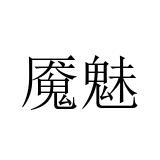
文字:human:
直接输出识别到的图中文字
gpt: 魇魅